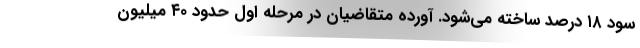
سود ۱۸ درصد ساخته می‌شود. آورده متقاضیان در مرحله اول حدود ۴۰ میلیون